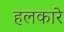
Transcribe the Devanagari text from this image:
हलकारे